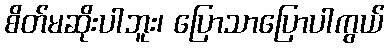
စိတ်မဆိုးပါဘူး၊ ပြောသာပြောပါကွယ်